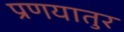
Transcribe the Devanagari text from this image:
प्रणयातुर